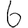
Digit: 6